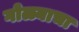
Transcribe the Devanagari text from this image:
गोळ्याचा